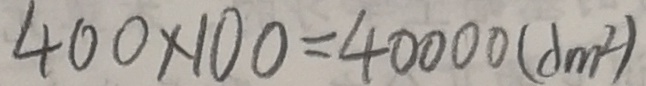
4 0 0 \times 1 0 0 = 4 0 0 0 0 ( d m ^ { 2 } )